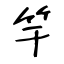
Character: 竿